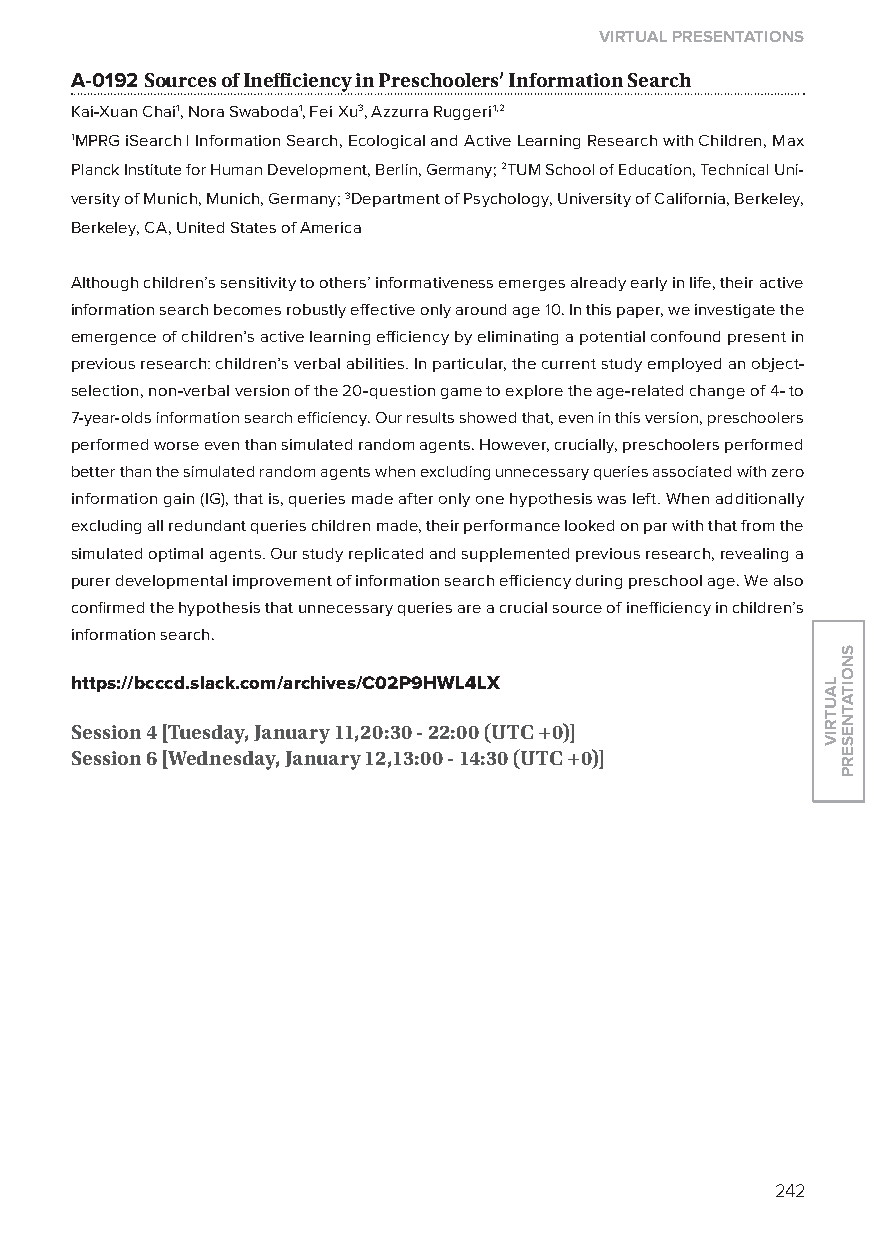
virtual presentations
 A-0192 sources of inefficiency in Preschoolers’ information search
 Kai-xuan Chai1, Nora Swaboda1, Fei xu3, Azzurra Ruggeri1,2
 1MPRG iSearch | Information Search, Ecological and Active learning Research with Children, Max
 Planck Institute for Human Development, Berlin, Germany; 2TUM School of Education, Technical Uni-
 versity of Munich, Munich, Germany; 3Department of Psychology, University of California, Berkeley,
 Berkeley, CA, United States of America
 Although children’s sensitivity to others’ informativeness emerges already early in life, their active
 information search becomes robustly effective only around age 10. In this paper, we investigate the
 emergence of children’s active learning efficiency by eliminating a potential confound present in
 previous research: children’s verbal abilities. In particular, the current study employed an object-
 selection, non-verbal version of the 20-question game to explore the age-related change of 4- to
 7-year-olds information search efficiency. our results showed that, even in this version, preschoolers
 performed worse even than simulated random agents. However, crucially, preschoolers performed
 better than the simulated random agents when excluding unnecessary queries associated with zero
 information gain (IG), that is, queries made after only one hypothesis was left. When additionally
 excluding all redundant queries children made, their performance looked on par with that from the
 simulated optimal agents. our study replicated and supplemented previous research, revealing a
 purer developmental improvement of information search efficiency during preschool age. We also
 confirmed the hypothesis that unnecessary queries are a crucial source of inefficiency in children’s
 information search.
 https://bcccd.slack.com/archives/C02p9hWl4lX
 session 4 [tuesday, January 11,20:30 - 22:00 (utC +0)]
 session 6 [Wednesday, January 12,13:00 - 14:30 (utC +0)]
 242
 lautriv
 snoitatneserp